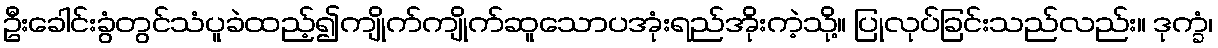
ဦးခေါင်းခွံတွင်သံပူခဲထည့်၍ကျိုက်ကျိုက်ဆူသောပအုံးရည်အိုးကဲ့သို့။ ပြုလုပ်ခြင်းသည်လည်း။ ဒုက္ခံ၊